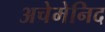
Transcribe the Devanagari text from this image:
अचेमेनिद